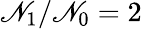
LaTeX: \mathscr{N}_{\mathrm{{1}}}/\mathscr{N}_{\mathrm{{0}}}=2